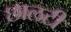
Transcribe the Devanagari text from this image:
छालटी